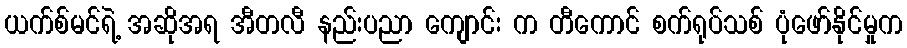
ယက်စ်မင်ရဲ့ အဆိုအရ အီတလီ နည်းပညာ ကျောင်း က တီကောင် စက်ရုပ်သစ် ပုံဖော်နိုင်မှုက